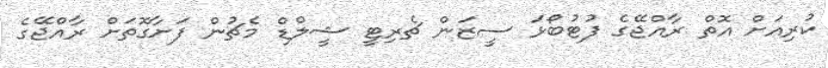
ކުރިއަށް އޮތް ރާއްޖޭގެ ފުޓުބޯޅަ ސީޒަން ޗެރިޓީ ޝީލްޑް މެޗުން ފަށާގޮތަށް ރާއްޖޭގެ